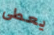
يعطى